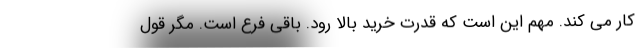
کار می کند. مهم این است که قدرت خرید بالا رود. باقی فرع است. مگر قول